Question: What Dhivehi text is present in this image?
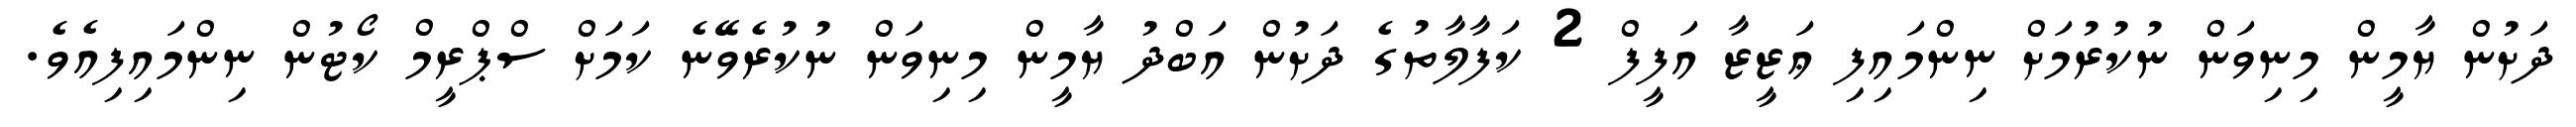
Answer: ދަށުން ޔާމީން މިނިވަން ނުކުރުމަށް ނިންމައިފި ޢަޒީޒާ އަފީފް 2 ކަފާލާތުގެ ދަށުން އަބްދު ޔާމީން މިނިވަން ނުކުރެވޭނެ ކަމަށް ސްޕްރީމް ކޯޓުން ނިންމައިފިއެވެ.